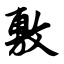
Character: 敷